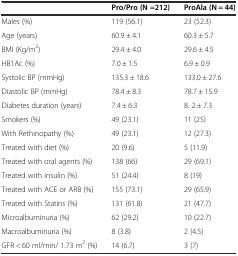
<table><thead><tr><td></td><td><b>Pro/Pro (N =212)</b></td><td><b>ProAla (N = 44)</b></td></tr></thead><tbody><tr><td>Males (%)</td><td>119 (56.1)</td><td>23 (52.3)</td></tr><tr><td>Age (years)</td><td>60.9 ± 4.1</td><td>60.3 ± 5.7</td></tr><tr><td>BMI (Kg/m<sup>2</sup>)</td><td>29.4 ± 4.0</td><td>29.6 ± 4.5</td></tr><tr><td>HB1Ac (%)</td><td>7.0 ± 1.5</td><td>6.9 ± 0.9</td></tr><tr><td>Systolic BP (mmHg)</td><td>135.3 ± 18.6</td><td>133.0 ± 27.6</td></tr><tr><td>Diastolic BP (mmHg)</td><td>78.4 ± 8.3</td><td>78.7 ± 15.9</td></tr><tr><td>Diabetes duration (years)</td><td>7.4 ± 6.3</td><td>8. 2 ± 7.3</td></tr><tr><td>Smokers (%)</td><td>49 (23.1)</td><td>11 (25)</td></tr><tr><td>With Rethinopathy (%)</td><td>49 (23.1)</td><td>12 (27.3)</td></tr><tr><td>Treated with diet (%)</td><td>20 (9.6)</td><td>5 (11.9)</td></tr><tr><td>Treated with oral agents (%)</td><td>138 (66)</td><td>29 (69.1)</td></tr><tr><td>Treated with insulin (%)</td><td>51 (24.4)</td><td>8 (19)</td></tr><tr><td>Treated with ACE or ARB (%)</td><td>155 (73.1)</td><td>29 (65.9)</td></tr><tr><td>Treated with Statins (%)</td><td>131 (61.8)</td><td>21 (47.7)</td></tr><tr><td>Microalbuminuria (%)</td><td>62 (29.2)</td><td>10 (22.7)</td></tr><tr><td>Macroalbuminuria (%)</td><td>8 (3.8)</td><td>2 (4.5)</td></tr><tr><td>GFR &lt; 60 ml/min/ 1.73 m<sup>2</sup> (%)</td><td>14 (6.7)</td><td>3 (7)</td></tr></tbody></table>